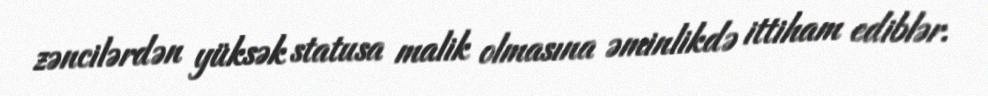
zəncilərdən yüksək statusa malik olmasına əminlikdə ittiham ediblər.